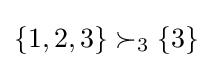
\{1,2,3\}\succ _{3}\{3\}